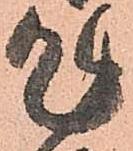
乍